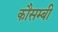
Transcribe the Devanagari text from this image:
कौसम्बी